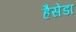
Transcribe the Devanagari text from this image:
हैसेंडा